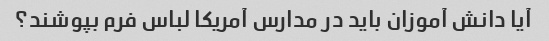
آیا دانش آموزان باید در مدارس آمریکا لباس فرم بپوشند؟